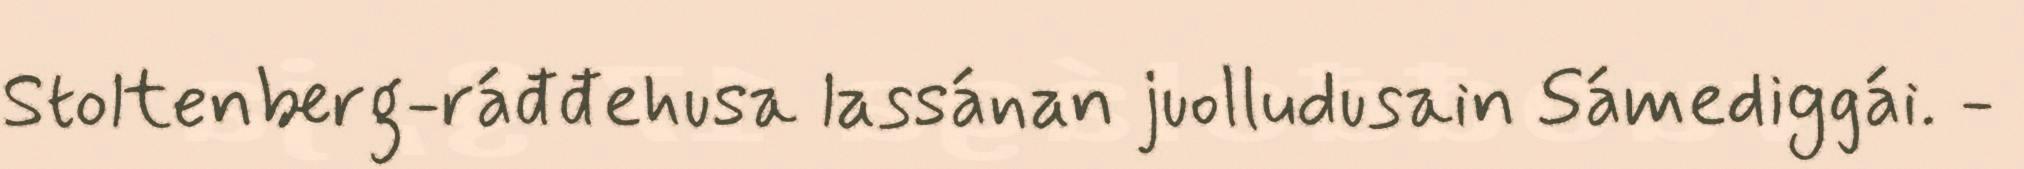
Stoltenberg-ráđđehusa lassánan juolludusain Sámediggái. -